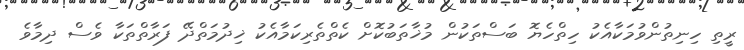
ރީތި ހިނިތުންވުމަކާއެކު ހިތްހެޔޮ ބަސްތަކުން މުޚާތަބުކޮށް ކެތްތެރިކަމާއެކު ޚިދުމަތްދޭ ފަރާތްތަކާ ވެސް ދިމާވެ